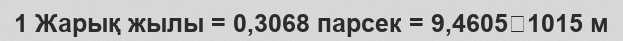
1 Жарық жылы = 0,3068 парсек = 9,46051015 м